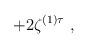
LaTeX: \begin{align*} + 2 \zeta^{(1)\tau} ~,\end{align*}